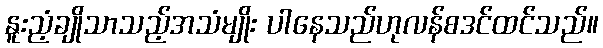
နူးညံ့ချိုသာသည့်အသံမျိုး ပါနေသည်ဟုလန်စဒင်ထင်သည်။